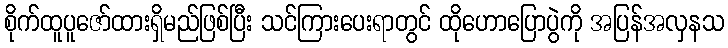
စိုက်ထူပူဇော်ထားရှိမည်ဖြစ်ပြီး သင်ကြားပေးရာတွင် ထိုဟောပြောပွဲကို အပြန်အလှနသ